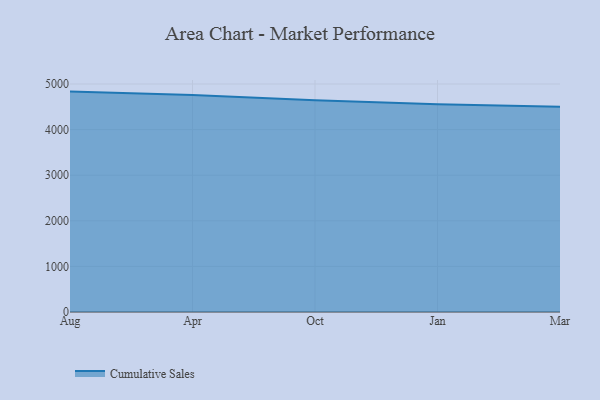
{"axis": {"x": "Month", "y": "Market Share (%)"}, "legend": ["Cumulative Sales"], "data": [{"x": "Aug", "y": 4833.5, "type": "Cumulative Sales"}, {"x": "Apr", "y": 4756.4, "type": "Cumulative Sales"}, {"x": "Oct", "y": 4643.8, "type": "Cumulative Sales"}, {"x": "Jan", "y": 4556.3, "type": "Cumulative Sales"}, {"x": "Mar", "y": 4502.8, "type": "Cumulative Sales"}]}